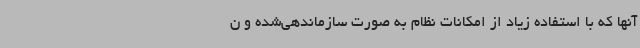
آنها که با استفاده زیاد از امکانات نظام به صورت سازماندهی‌شده و ن